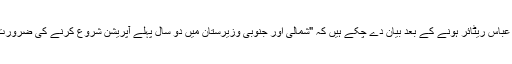
اس سلسلے میں آئی ایس پی آر کے سابق سربراہ لیفٹیننٹ جنرل اطہر عباس ریٹائر ہونے کے بعد بیان دے چکے ہیں کہ "شمالی اور جنوبی وزیرستان میں دو سال پہلے آپریشن شروع کرنے کی ضرورت تھی تاکہ اب تک اس علاقے کو دہشت گردوں سے پاک کرلیا جاتا۔